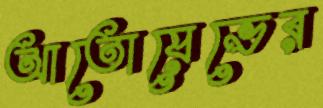
আতোয়েভের